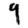
Digit: 9